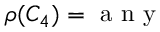
\rho ( C _ { 4 } ) = \mathrm { ~ a ~ n ~ y ~ }